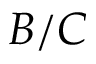
B / C